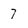
Character: 7